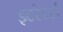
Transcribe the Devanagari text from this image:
इटरेटर्स